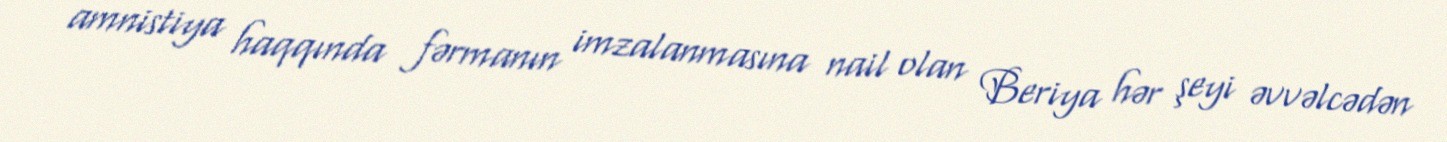
amnistiya haqqında fərmanın imzalanmasına nail olan Beriya hər şeyi əvvəlcədən